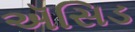
ઍસિડ